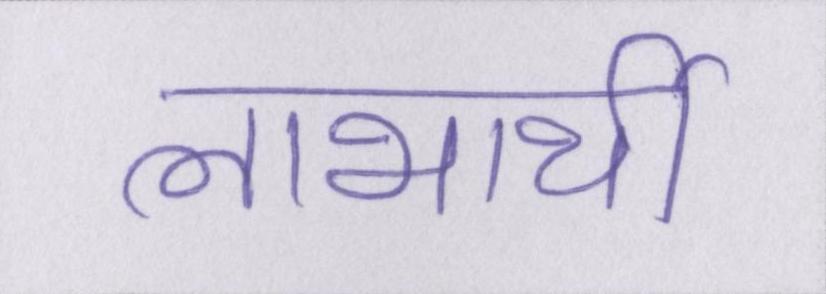
लाभार्थी